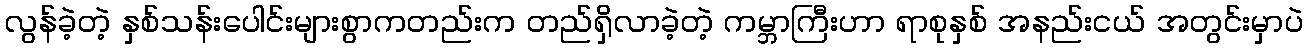
လွန်ခဲ့တဲ့ နှစ်သန်းပေါင်းများစွာကတည်းက တည်ရှိလာခဲ့တဲ့ ကမ္ဘာကြီးဟာ ရာစုနှစ် အနည်းငယ် အတွင်းမှာပဲ